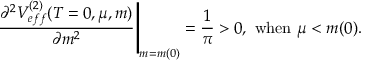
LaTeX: \left. \frac { \partial ^ { 2 } V _ { e f f } ^ { ( 2 ) } ( T = 0 , \mu , m ) } { \partial m ^ { 2 } } \right| _ { m = m ( 0 ) } = \frac { 1 } { \pi } > 0 , \ \mathrm { w h e n } \ \mu < m ( 0 ) .